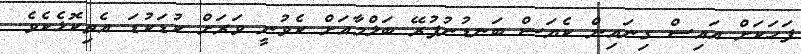
ފަހަކަށް އައިސް ގިނައިން ކެޔަސް ބަނޑުނުފުރޭ ބަލްމާއަށް ކެވުނީ ވަރަށް ކުޑަކުޑަ އެތިކޮޅެކެވެ.